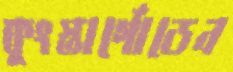
কুংস্তার্গোডেন